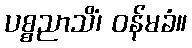
ပစ္စညာသိံ၊ ဝန်မခံ။